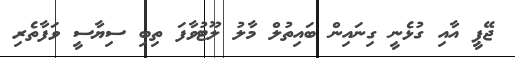
ޖޭޕީ އާއި ގުޅެނީ ގިނައިން ބައިތުލް މާލު ލޫޓުވާފަ ތިބި ސިޔާސީ ވަފާތެރި